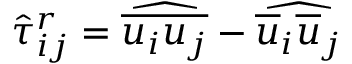
{ \hat { \tau } } _ { i j } ^ { r } = { \widehat { \overline { { u _ { i } u _ { j } } } } } - { \widehat { { \overline { { u } } } _ { i } { \overline { { u } } } _ { j } } }